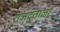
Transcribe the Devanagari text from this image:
राजदूताला